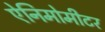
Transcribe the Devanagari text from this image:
ऐनिमोमीटर